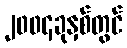
၂၀၀၄ခုနှစ်တွင်